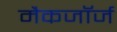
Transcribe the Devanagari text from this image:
मैकजॉर्ज